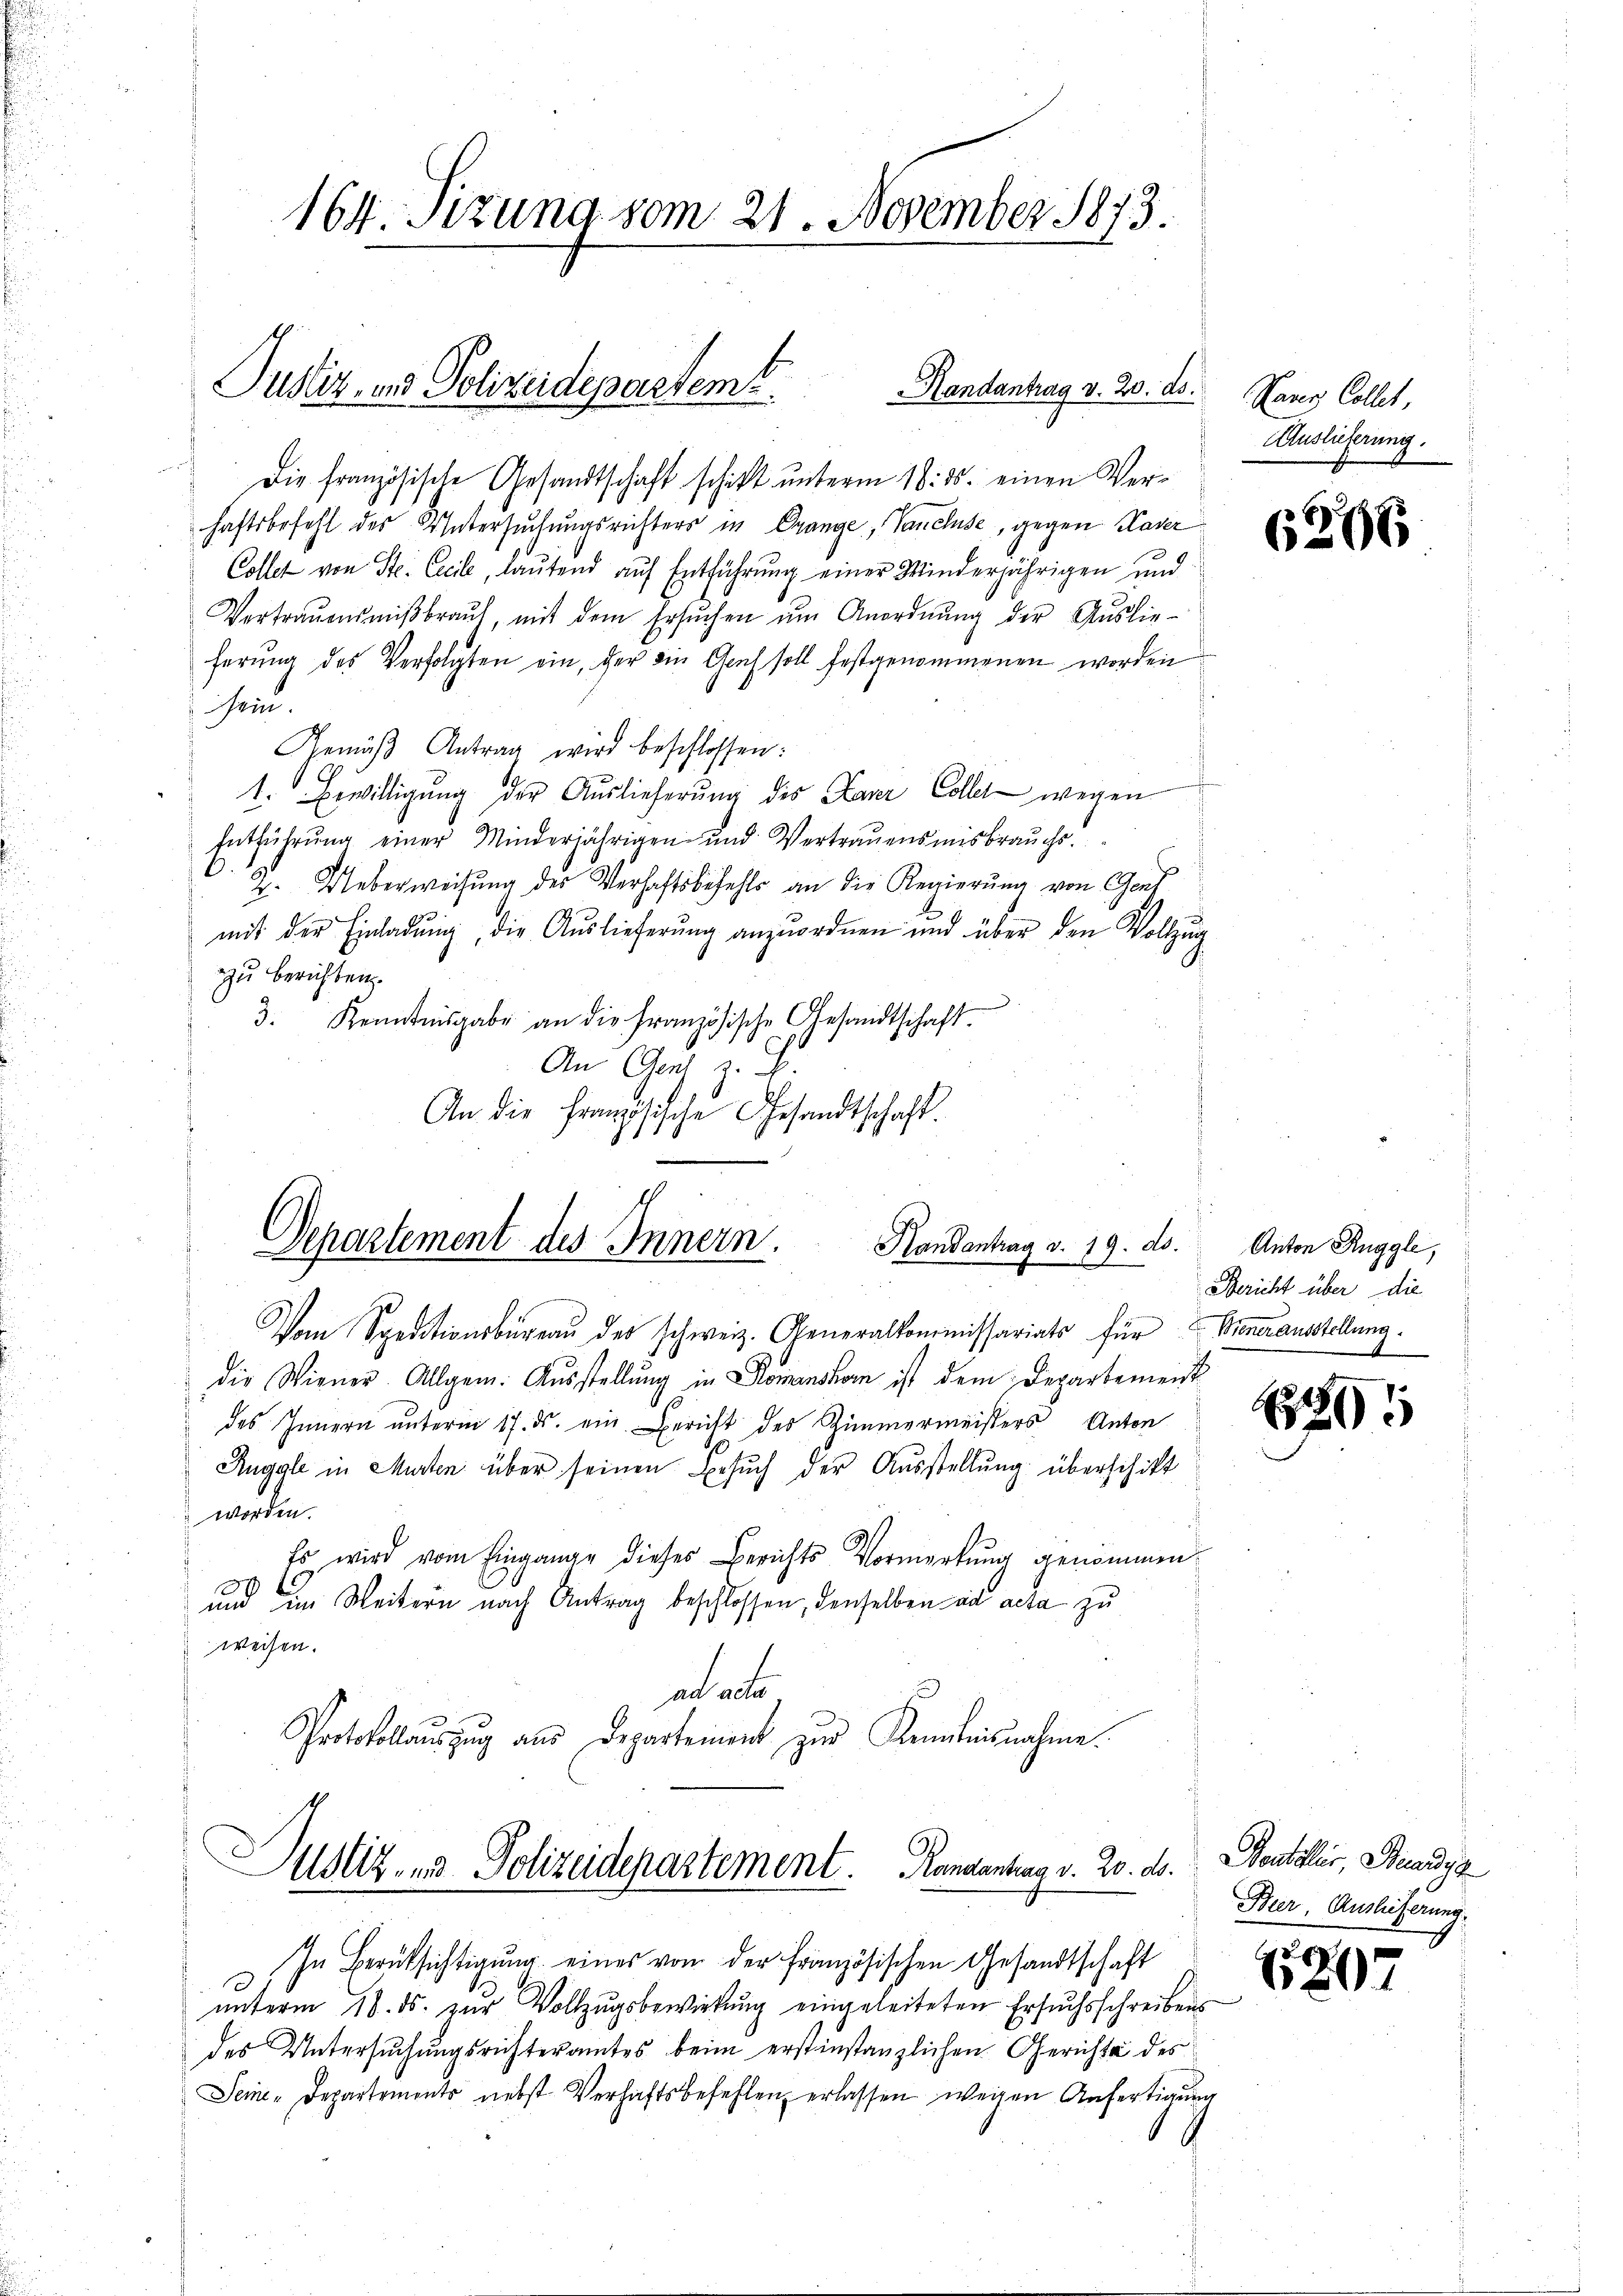
164 Sizung vom 21. November 1873.

Pustiz- und Polizeidepastent.
Handantrag v. 20. ds.

Die französische Gesandtschaft schickt unterm 18. ds. einen Verhaftsbefehl des Untersuchungsrichters in Orange, Tancluse, gegen Kaser
Collet von St. Cecile, laŭtend aŭf Entführung einer Minderjährigen und
Vertrauensmiβbraŭf, mit dem Ersŭchen ŭm Anordnŭng der Auslie-
ferung des Verfolgten ein, der die Graf soll festgenommenen worden
hin
Gemäβ Antrag wird beschlossen:
1. Bewilligung der Auslieferung des Laner Collet wegen
Entführŭng einer Minderjährigen und Vertraŭensinsbraŭchs.
2. Ueberweisung des Verhaftsbefehls an die Regierung von Genf
mit der Einladŭng die Auslieferŭng anzuordnen und über den Vollzug
zzu berichten.
3. Kenntnisgabe an die Französische Gesandtschaft.
An Cent z. B.
An die französische Gesandtschaft.

Handantrag v. 19. ds.
Departement des Innern.

Vom Speditionsbüreaŭ des schweiz. Generalkommissariats für
die Wiener Allgem. Aŭsstellŭng in Romanshom ist dem Departement
des Innern ŭnterm 17. ds. ein Bericht des Zimmermeisters Anton
Auggle in Murten über seinen Besuch der Ausstellung überschikt
worden.
Es wird vom Eingange dieses Berichts Vormerkung genommen.
und im Weitern nach Antrag beschlossen, denselben ad acta zu
weisen.
ad acte
Protokollaŭszŭg aŭs Departement zur Kenntnisnahme.

Justiz- & Polizeidepartement. Randantrag v. 20. ds.

In Berücksichtigung eines von der Französischen Gesandtschaft
e
unterm 18. ds. zur Vollzugsbewirkung eingeleiteten Ersuchsschreibens
des Untersuchungsrichteramtes beim erstinstanzlichen Gerichte des
Seine-Departements nebst Verhaftsbefehlen erlassen wegen Anfertigung

.

aves Collet
Auslieferung.

6296

Anton Ruggle,
Bericht über die
Wienerausstellung

91

Beuteller Bundys
Beer, Auslieferung.

1217